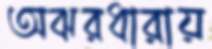
অঝরধারায়